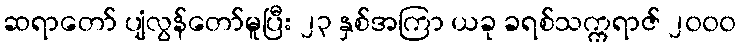
ဆရာတော် ပျံလွန်တော်မူပြီး ၂၃ နှစ်အကြာ ယခု ခရစ်သက္ကရာဇ် ၂၀၀၀